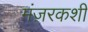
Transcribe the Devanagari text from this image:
मंज़रकशी